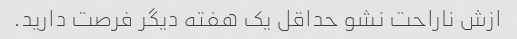
ازش ناراحت نشو حداقل یک هفته دیگر فرصت دارید.